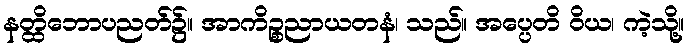
နတ္ထိဘောပညတ်၌။ အာကိဉ္စညာယတနံ၊ သည်။ အပ္ပေတိ ဝိယ၊ ကဲ့သို့။